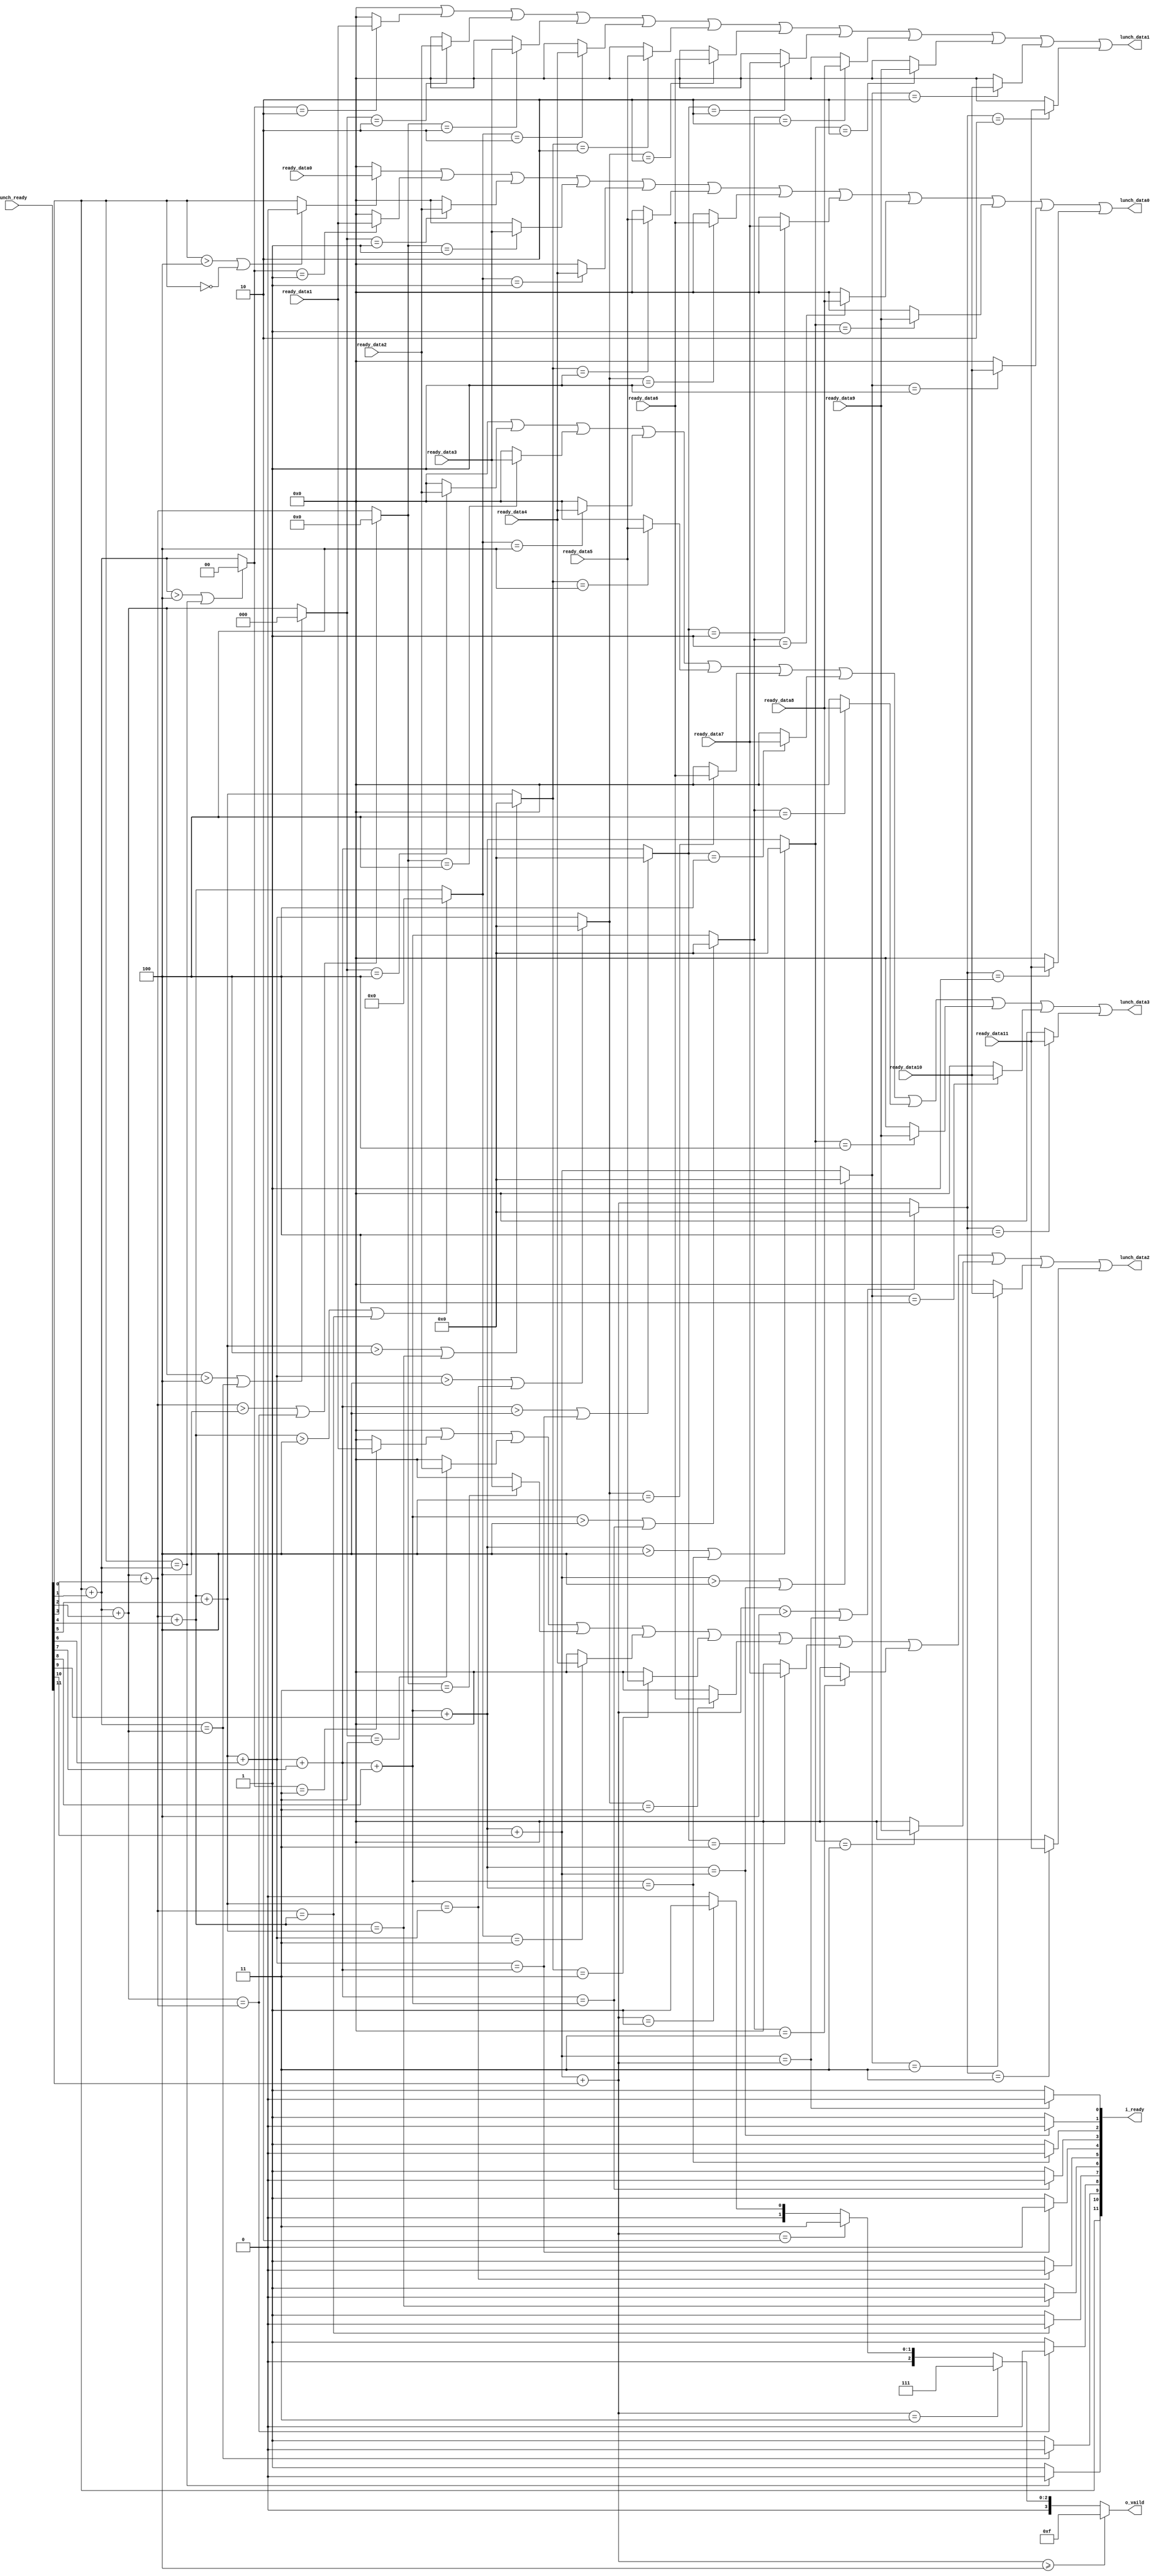
module arb_12_4(                 //from low

input [159:0] ready_data0 ,
input [159:0] ready_data1 ,
input [159:0] ready_data2 ,
input [159:0] ready_data3 ,
input [159:0] ready_data4 ,
input [159:0] ready_data5 ,
input [159:0] ready_data6 ,
input [159:0] ready_data7 ,
input [159:0] ready_data8 ,
input [159:0] ready_data9 ,
input [159:0] ready_data10,
input [159:0] ready_data11,

input [11:0]lunch_ready,

output [159:0] lunch_data0,
output [159:0] lunch_data1,
output [159:0] lunch_data2,
output [159:0] lunch_data3,

output [3:0] o_vaild,


output [11:0] i_ready

);

wire [5:0] cnt_0 =lunch_ready[0];
wire [5:0] cnt_1 =lunch_ready[0]+lunch_ready[1];
wire [5:0] cnt_2 =lunch_ready[0]+lunch_ready[1]+lunch_ready[2];
wire [5:0] cnt_3 =lunch_ready[0]+lunch_ready[1]+lunch_ready[2]+lunch_ready[3];
wire [5:0] cnt_4 =lunch_ready[0]+lunch_ready[1]+lunch_ready[2]+lunch_ready[3]+lunch_ready[4];
wire [5:0] cnt_5 =lunch_ready[0]+lunch_ready[1]+lunch_ready[2]+lunch_ready[3]+lunch_ready[4]+lunch_ready[5];
wire [5:0] cnt_6 =lunch_ready[0]+lunch_ready[1]+lunch_ready[2]+lunch_ready[3]+lunch_ready[4]+lunch_ready[5]+lunch_ready[6];
wire [5:0] cnt_7 =lunch_ready[0]+lunch_ready[1]+lunch_ready[2]+lunch_ready[3]+lunch_ready[4]+lunch_ready[5]+lunch_ready[6]+lunch_ready[7];
wire [5:0] cnt_8 =lunch_ready[0]+lunch_ready[1]+lunch_ready[2]+lunch_ready[3]+lunch_ready[4]+lunch_ready[5]+lunch_ready[6]+lunch_ready[7]+lunch_ready[8];
wire [5:0] cnt_9 =lunch_ready[0]+lunch_ready[1]+lunch_ready[2]+lunch_ready[3]+lunch_ready[4]+lunch_ready[5]+lunch_ready[6]+lunch_ready[7]+lunch_ready[8]+lunch_ready[9];
wire [5:0] cnt_10=lunch_ready[0]+lunch_ready[1]+lunch_ready[2]+lunch_ready[3]+lunch_ready[4]+lunch_ready[5]+lunch_ready[6]+lunch_ready[7]+lunch_ready[8]+lunch_ready[9]+lunch_ready[10];
wire [5:0] cnt_11=lunch_ready[0]+lunch_ready[1]+lunch_ready[2]+lunch_ready[3]+lunch_ready[4]+lunch_ready[5]+lunch_ready[6]+lunch_ready[7]+lunch_ready[8]+lunch_ready[9]+lunch_ready[10]+lunch_ready[11];

assign o_vaild=(cnt_11>=4)?4'b1111:(cnt_11==3)?4'b0111:(cnt_11==2)?4'b0011:(cnt_11==1)?4'b0001:0;

wire t_cnt_0 =lunch_ready[0];
wire t_cnt_1 =(cnt_0 == cnt_1 )?1'b0:1'b1;
wire t_cnt_2 =(cnt_1 == cnt_2 )?1'b0:1'b1;
wire t_cnt_3 =(cnt_2 == cnt_3 )?1'b0:1'b1;
wire t_cnt_4 =(cnt_3 == cnt_4 )?1'b0:1'b1;
wire t_cnt_5 =(cnt_4 == cnt_5 )?1'b0:1'b1;
wire t_cnt_6 =(cnt_5 == cnt_6 )?1'b0:1'b1;
wire t_cnt_7 =(cnt_6 == cnt_7 )?1'b0:1'b1;
wire t_cnt_8 =(cnt_7 == cnt_8 )?1'b0:1'b1;
wire t_cnt_9 =(cnt_8 == cnt_9 )?1'b0:1'b1;
wire t_cnt_10=(cnt_9 == cnt_10)?1'b0:1'b1;
wire t_cnt_11=(cnt_10== cnt_11)?1'b0:1'b1;

assign i_ready={t_cnt_0 ,
                t_cnt_1 ,
                t_cnt_2 ,
                t_cnt_3 ,
                t_cnt_4 ,
                t_cnt_5 ,
                t_cnt_6 ,
                t_cnt_7 ,
                t_cnt_8 ,
                t_cnt_9 ,
                t_cnt_10,
                t_cnt_11};

//index

wire [5:0] m0_cnt_0 =(cnt_0 >4 | t_cnt_0 ==0 )?0:cnt_0 ;
wire [5:0] m0_cnt_1 =(cnt_1 >4 | t_cnt_1 ==0 )?0:cnt_1 ;
wire [5:0] m0_cnt_2 =(cnt_2 >4 | t_cnt_2 ==0 )?0:cnt_2 ;
wire [5:0] m0_cnt_3 =(cnt_3 >4 | t_cnt_3 ==0 )?0:cnt_3 ;
wire [5:0] m0_cnt_4 =(cnt_4 >4 | t_cnt_4 ==0 )?0:cnt_4 ;
wire [5:0] m0_cnt_5 =(cnt_5 >4 | t_cnt_5 ==0 )?0:cnt_5 ;
wire [5:0] m0_cnt_6 =(cnt_6 >4 | t_cnt_6 ==0 )?0:cnt_6 ;
wire [5:0] m0_cnt_7 =(cnt_7 >4 | t_cnt_7 ==0 )?0:cnt_7 ;
wire [5:0] m0_cnt_8 =(cnt_8 >4 | t_cnt_8 ==0 )?0:cnt_8 ;
wire [5:0] m0_cnt_9 =(cnt_9 >4 | t_cnt_9 ==0 )?0:cnt_9 ;
wire [5:0] m0_cnt_10=(cnt_10>4 | t_cnt_10==0 )?0:cnt_10;
wire [5:0] m0_cnt_11=(cnt_11>4 | t_cnt_11==0 )?0:cnt_11;


wire [159:0] i1_ready_data0 =(m0_cnt_0 ==1)?ready_data0 :0;
wire [159:0] i1_ready_data1 =(m0_cnt_1 ==1)?ready_data1 :0;
wire [159:0] i1_ready_data2 =(m0_cnt_2 ==1)?ready_data2 :0;
wire [159:0] i1_ready_data3 =(m0_cnt_3 ==1)?ready_data3 :0;
wire [159:0] i1_ready_data4 =(m0_cnt_4 ==1)?ready_data4 :0;
wire [159:0] i1_ready_data5 =(m0_cnt_5 ==1)?ready_data5 :0;
wire [159:0] i1_ready_data6 =(m0_cnt_6 ==1)?ready_data6 :0;
wire [159:0] i1_ready_data7 =(m0_cnt_7 ==1)?ready_data7 :0;
wire [159:0] i1_ready_data8 =(m0_cnt_8 ==1)?ready_data8 :0;
wire [159:0] i1_ready_data9 =(m0_cnt_9 ==1)?ready_data9 :0;
wire [159:0] i1_ready_data10=(m0_cnt_10==1)?ready_data10:0;
wire [159:0] i1_ready_data11=(m0_cnt_11==1)?ready_data11:0;
wire [159:0] i2_ready_data0 =(m0_cnt_0 ==2)?ready_data0 :0;
wire [159:0] i2_ready_data1 =(m0_cnt_1 ==2)?ready_data1 :0;
wire [159:0] i2_ready_data2 =(m0_cnt_2 ==2)?ready_data2 :0;
wire [159:0] i2_ready_data3 =(m0_cnt_3 ==2)?ready_data3 :0;
wire [159:0] i2_ready_data4 =(m0_cnt_4 ==2)?ready_data4 :0;
wire [159:0] i2_ready_data5 =(m0_cnt_5 ==2)?ready_data5 :0;
wire [159:0] i2_ready_data6 =(m0_cnt_6 ==2)?ready_data6 :0;
wire [159:0] i2_ready_data7 =(m0_cnt_7 ==2)?ready_data7 :0;
wire [159:0] i2_ready_data8 =(m0_cnt_8 ==2)?ready_data8 :0;
wire [159:0] i2_ready_data9 =(m0_cnt_9 ==2)?ready_data9 :0;
wire [159:0] i2_ready_data10=(m0_cnt_10==2)?ready_data10:0;
wire [159:0] i2_ready_data11=(m0_cnt_11==2)?ready_data11:0;
wire [159:0] i3_ready_data0 =(m0_cnt_0 ==3)?ready_data0 :0;
wire [159:0] i3_ready_data1 =(m0_cnt_1 ==3)?ready_data1 :0;
wire [159:0] i3_ready_data2 =(m0_cnt_2 ==3)?ready_data2 :0;
wire [159:0] i3_ready_data3 =(m0_cnt_3 ==3)?ready_data3 :0;
wire [159:0] i3_ready_data4 =(m0_cnt_4 ==3)?ready_data4 :0;
wire [159:0] i3_ready_data5 =(m0_cnt_5 ==3)?ready_data5 :0;
wire [159:0] i3_ready_data6 =(m0_cnt_6 ==3)?ready_data6 :0;
wire [159:0] i3_ready_data7 =(m0_cnt_7 ==3)?ready_data7 :0;
wire [159:0] i3_ready_data8 =(m0_cnt_8 ==3)?ready_data8 :0;
wire [159:0] i3_ready_data9 =(m0_cnt_9 ==3)?ready_data9 :0;
wire [159:0] i3_ready_data10=(m0_cnt_10==3)?ready_data10:0;
wire [159:0] i3_ready_data11=(m0_cnt_11==3)?ready_data11:0;
wire [159:0] i4_ready_data0 =(m0_cnt_0 ==4)?ready_data0 :0;
wire [159:0] i4_ready_data1 =(m0_cnt_1 ==4)?ready_data1 :0;
wire [159:0] i4_ready_data2 =(m0_cnt_2 ==4)?ready_data2 :0;
wire [159:0] i4_ready_data3 =(m0_cnt_3 ==4)?ready_data3 :0;
wire [159:0] i4_ready_data4 =(m0_cnt_4 ==4)?ready_data4 :0;
wire [159:0] i4_ready_data5 =(m0_cnt_5 ==4)?ready_data5 :0;
wire [159:0] i4_ready_data6 =(m0_cnt_6 ==4)?ready_data6 :0;
wire [159:0] i4_ready_data7 =(m0_cnt_7 ==4)?ready_data7 :0;
wire [159:0] i4_ready_data8 =(m0_cnt_8 ==4)?ready_data8 :0;
wire [159:0] i4_ready_data9 =(m0_cnt_9 ==4)?ready_data9 :0;
wire [159:0] i4_ready_data10=(m0_cnt_10==4)?ready_data10:0;
wire [159:0] i4_ready_data11=(m0_cnt_11==4)?ready_data11:0;

assign lunch_data0= i1_ready_data0 |
                    i1_ready_data1 |
                    i1_ready_data2 |
                    i1_ready_data3 |
                    i1_ready_data4 |
                    i1_ready_data5 |
                    i1_ready_data6 |
                    i1_ready_data7 |
                    i1_ready_data8 |
                    i1_ready_data9 |
                    i1_ready_data10|
                    i1_ready_data11;

assign lunch_data1= i2_ready_data0 |
                    i2_ready_data1 |
                    i2_ready_data2 |
                    i2_ready_data3 |
                    i2_ready_data4 |
                    i2_ready_data5 |
                    i2_ready_data6 |
                    i2_ready_data7 |
                    i2_ready_data8 |
                    i2_ready_data9 |
                    i2_ready_data10|
                    i2_ready_data11;

assign lunch_data2= i3_ready_data0 |
                    i3_ready_data1 |
                    i3_ready_data2 |
                    i3_ready_data3 |
                    i3_ready_data4 |
                    i3_ready_data5 |
                    i3_ready_data6 |
                    i3_ready_data7 |
                    i3_ready_data8 |
                    i3_ready_data9 |
                    i3_ready_data10|
                    i3_ready_data11;

assign lunch_data3= i4_ready_data0 |
                    i4_ready_data1 |
                    i4_ready_data2 |
                    i4_ready_data3 |
                    i4_ready_data4 |
                    i4_ready_data5 |
                    i4_ready_data6 |
                    i4_ready_data7 |
                    i4_ready_data8 |
                    i4_ready_data9 |
                    i4_ready_data10|
                    i4_ready_data11;

endmodule